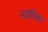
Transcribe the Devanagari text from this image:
भजनिक